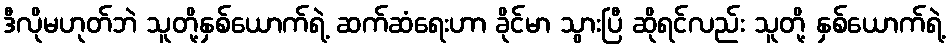
ဒီလိုမဟုတ်ဘဲ သူတို့နှစ်ယောက်ရဲ့ ဆက်ဆံရေးဟာ ခိုင်မာ သွားပြီ ဆိုရင်လည်း သူတို့ နှစ်ယောက်ရဲ့